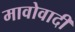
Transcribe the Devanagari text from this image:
मावोवादी